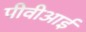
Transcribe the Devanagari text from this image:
पीवीआई